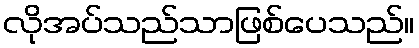
လိုအပ်သည်သာဖြစ်ပေသည်။